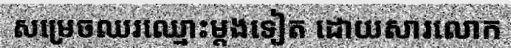
សម្រេចឈរឈ្មោះម្តងទៀត ដោយសារលោក